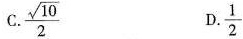
C. \frac{ \sqrt{10}}{2}D.\frac{1}{2}